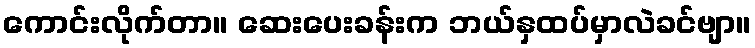
ကောင်းလိုက်တာ။ ဆေးပေးခန်းက ဘယ်နှထပ်မှာလဲခင်ဗျာ။